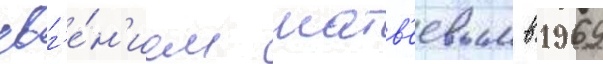
евг'е́н'ием матв'еевым в 1969